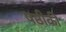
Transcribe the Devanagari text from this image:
षष्ठीकी